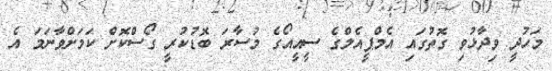
މަހުދީ ވިދާޅުވި ގޮތުގައި އެމްޕީއެލްގެ ސީއީއޯގެ މުސާރަ ބޮޑުކުރީ ގޯސްކޮށް ކަމަށްވާނަމަ އެ